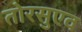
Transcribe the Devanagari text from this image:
तोरसुएव